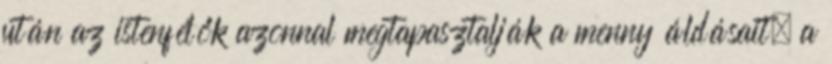
után az istenfélők azonnal megtapasztalják a menny áldásait, a